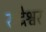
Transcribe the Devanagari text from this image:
रुद्रेश्वर